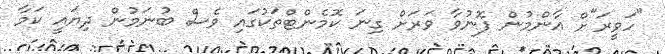
"ހަވީރަ"ށް އާންމުން ފޮނުވާ ވަރަށް ގިނަ ކޮމެންޓްތަކުގައި ވެސް ބުނަމުން ދިޔައީ ކަމާ